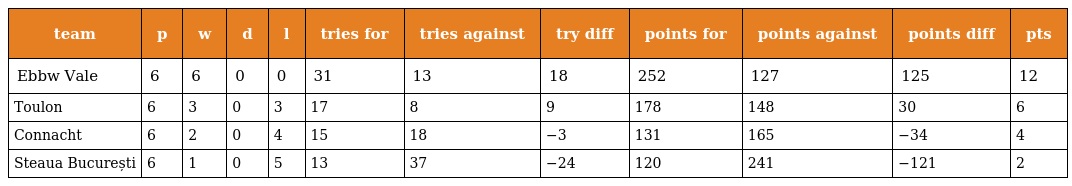
| team | p | w | d | l | tries for | tries against | try diff | points for | points against | points diff | pts |
 | --- | --- | --- | --- | --- | --- | --- | --- | --- | --- | --- | --- |
 | Ebbw Vale | 6 | 6 | 0 | 0 | 31 | 13 | 18 | 252 | 127 | 125 | 12 |
 | Toulon | 6 | 3 | 0 | 3 | 17 | 8 | 9 | 178 | 148 | 30 | 6 |
 | Connacht | 6 | 2 | 0 | 4 | 15 | 18 | −3 | 131 | 165 | −34 | 4 |
 | Steaua București | 6 | 1 | 0 | 5 | 13 | 37 | −24 | 120 | 241 | −121 | 2 |